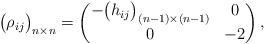
LaTeX: \begin{align*}\big(\rho_{ij}\big)_{n\times n} = \begin{pmatrix} -\big( h_{ij}\big)_{(n-1)\times (n-1)} & 0 \\0 & -2 \end{pmatrix},\end{align*}